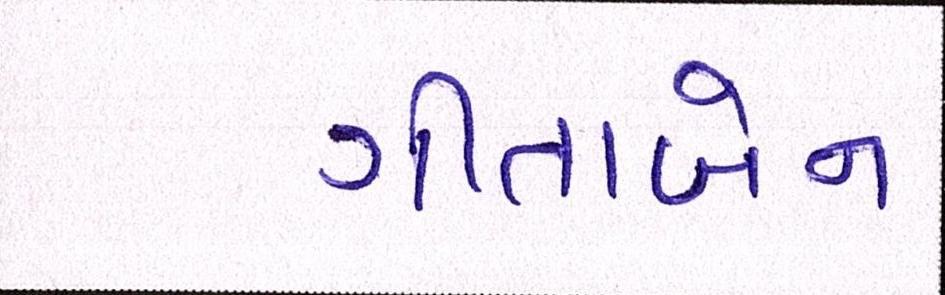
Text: ગીતાબેન